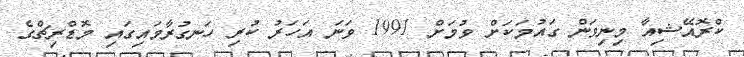
ކްރޮއޭޝިއާ މިނިވަން ގައުމަކަށް ވުމަށް 1991 ވަނަ އަހަރު ކުރި ހަނގުރާމައިގައި މޮޑްރިޗްގެ